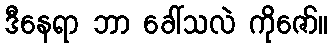
ဒီနေရာ ဘာ ခေါ်သလဲ ကိုဇော်။